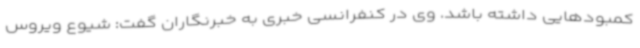
کمبودهایی داشته باشد. وی در کنفرانسی خبری به خبرنگاران گفت: شیوع ویروس